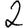
Digit: 2